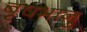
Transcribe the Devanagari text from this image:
बृषभानु